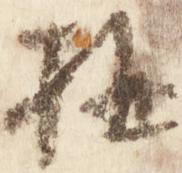
構